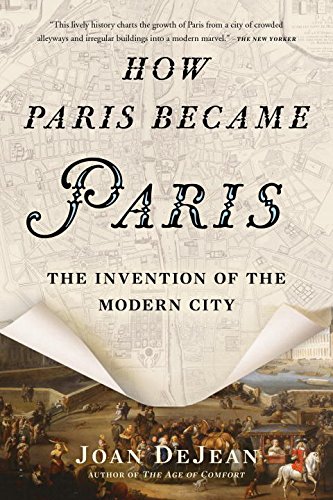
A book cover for How Paris Became Paris: The Invention of the Modern City; Joan DeJean; Arts & Photography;